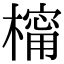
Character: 橣